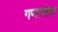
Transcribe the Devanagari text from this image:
गणानंतर